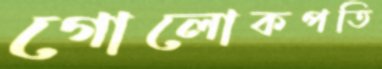
গোলোকপতি